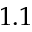
1 . 1